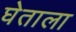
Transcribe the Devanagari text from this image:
घेताला